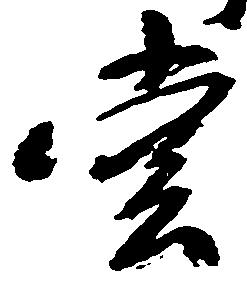
堂